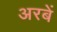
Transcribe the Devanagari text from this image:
अरबें